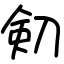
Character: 𠝏